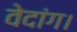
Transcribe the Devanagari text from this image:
वेदांग।